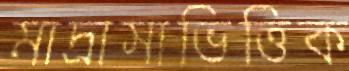
মাদ্রাসাভিত্তিক